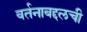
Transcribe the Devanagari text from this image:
वर्तनाबद्दलची